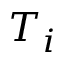
T _ { i }